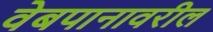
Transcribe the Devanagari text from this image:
वेबपानावरील